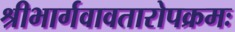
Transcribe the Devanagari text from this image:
श्रीभार्गवावतारोपक्रमः